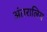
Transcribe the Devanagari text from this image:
अंतरालिय